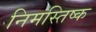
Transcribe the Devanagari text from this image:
निमस्तिष्क